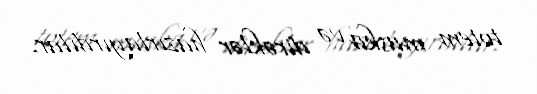
totem maska və dirəklər hazırlayırdılar.